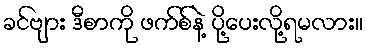
ခင်ဗျား ဒီစာကို ဖက်စ်နဲ့ ပို့ပေးလို့ရမလား။